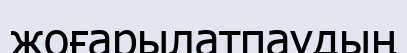
жоғарылатпаудың